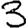
Digit: 3